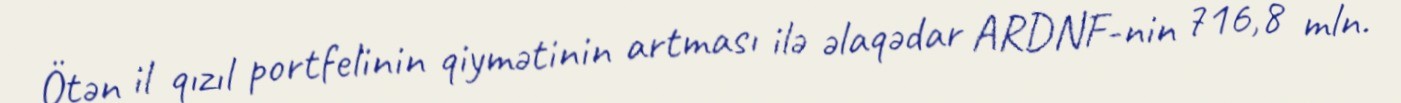
Ötən il qızıl portfelinin qiymətinin artması ilə əlaqədar ARDNF-nin 716,8 mln.